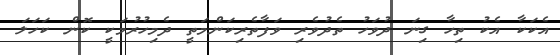
އެކަކާ އެކު ތިހާ ގިނަ ދުވަހު ތެދުވެރި ވަފާތެރިކަންމަތީ ދެމިހުރުމަކީ ކޮން ކަހަލަ